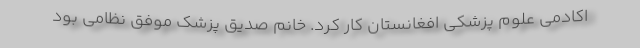
اکادمی علوم پزشکی افغانستان کار کرد. خانم صدیق پزشک موفق نظامی بود